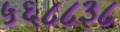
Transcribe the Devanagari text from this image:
५६८८३८